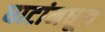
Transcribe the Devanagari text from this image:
घाटांमधून